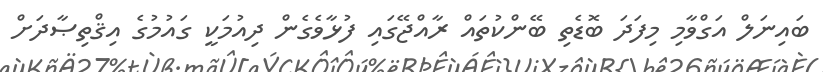
ބައިނަލް އަގްވާމި މިފަދަ ބޮޑެތި ބޭންކުތައް ރާއްޖޭގައި ފުޅާވެގެން ދިއުމަކީ ގައުމުގެ އިޤްތިޞާދަށް